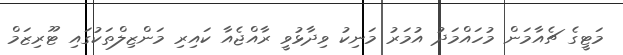
މަޓީގެ ޗެއާމަން މުހައްމަދު އުމަރު މަނިކު ވިދާޅުވީ ރާއްޖެއާ ކައިރި މަންޒިލްތަކުގައި ޓޫރިޒަމް